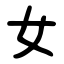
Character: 女